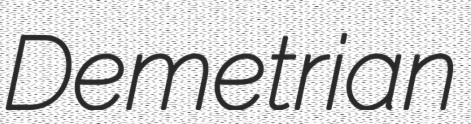
Demetrian